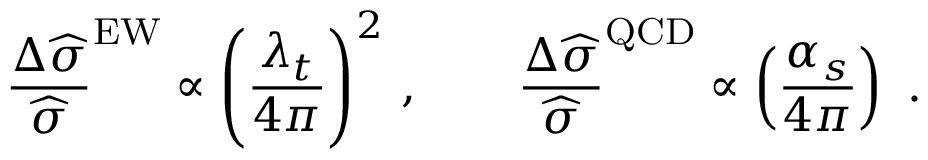
{ \frac { \Delta \widehat \sigma } { \widehat \sigma } } ^ { \mathrm { E W } } \propto \left( { \frac { \lambda _ { t } } { 4 \pi } } \right) ^ { 2 } \, , \qquad { \frac { \Delta \widehat \sigma } { \widehat \sigma } } ^ { \mathrm { Q C D } } \propto \left( { \frac { \alpha _ { s } } { 4 \pi } } \right) \ .